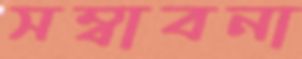
সম্বাবনা